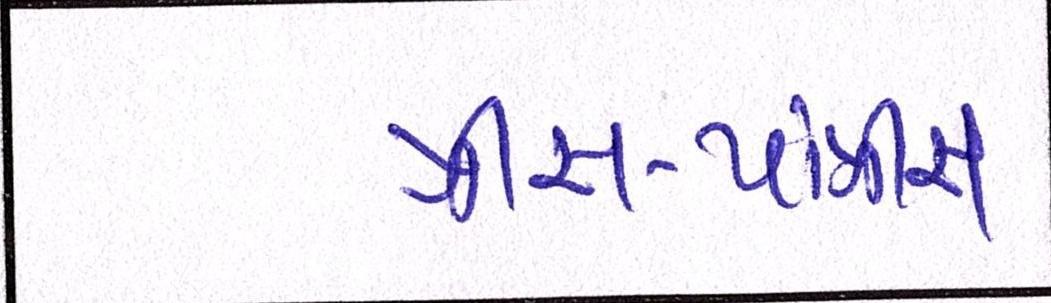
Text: ત્રીસ-પાંત્રીસ